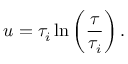
u = \tau _ { i } \ln \left( { \frac { \tau } { \tau _ { i } } } \right) .